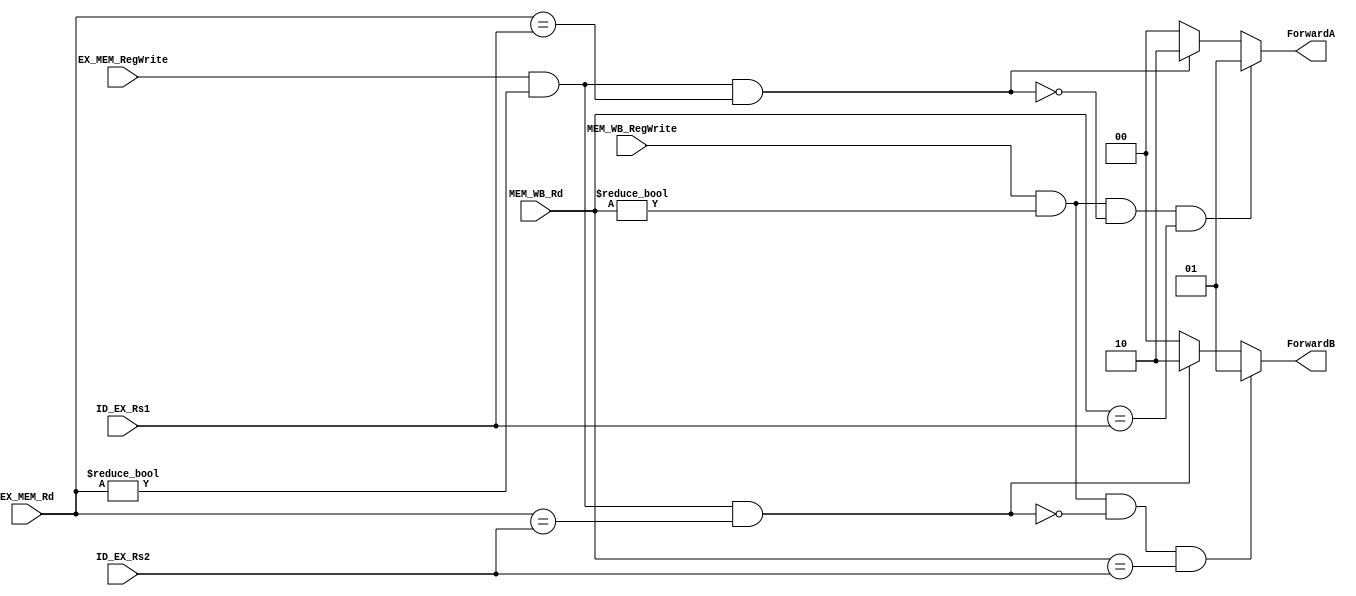
module data_forwarding_unit(
    input MEM_WB_RegWrite,
    input EX_MEM_RegWrite,
    input [4:0] EX_MEM_Rd,
    input [4:0] ID_EX_Rs1,
    input [4:0] MEM_WB_Rd,
    input [4:0] ID_EX_Rs2,
    output reg [1:0] ForwardA,
    output reg [1:0] ForwardB
);

    // EX hazard
    always @(*) begin
        ForwardA = 2'b00;
        ForwardB = 2'b00;

        // Forwarding conditions for EX hazard
        if (EX_MEM_RegWrite && (EX_MEM_Rd != 0) && (EX_MEM_Rd == ID_EX_Rs1)) begin
            ForwardA = 2'b10;
        end
        
        if (EX_MEM_RegWrite && (EX_MEM_Rd != 0) && (EX_MEM_Rd == ID_EX_Rs2)) begin
            ForwardB = 2'b10;
        end

        // Forwarding conditions for MEM hazard
        if (MEM_WB_RegWrite && (MEM_WB_Rd != 0) && 
            !((EX_MEM_RegWrite && (EX_MEM_Rd != 0) && (EX_MEM_Rd == ID_EX_Rs1))) &&
            (MEM_WB_Rd == ID_EX_Rs1)) begin
            ForwardA = 2'b01;
        end
        
        if (MEM_WB_RegWrite && (MEM_WB_Rd != 0) && 
            !((EX_MEM_RegWrite && (EX_MEM_Rd != 0) && (EX_MEM_Rd == ID_EX_Rs2))) &&
            (MEM_WB_Rd == ID_EX_Rs2)) begin
            ForwardB = 2'b01;
        end
    end

endmodule